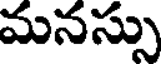
మనస్సు